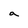
Character: a